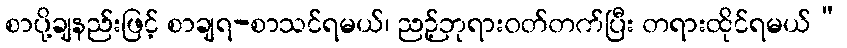
စာပို့ချနည်းဖြင့် စာချရ-စာသင်ရမယ်၊ ညဉ့်ဘုရားဝတ်တက်ပြီး တရားထိုင်ရမယ်”